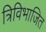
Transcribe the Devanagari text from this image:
त्रिविभाजित